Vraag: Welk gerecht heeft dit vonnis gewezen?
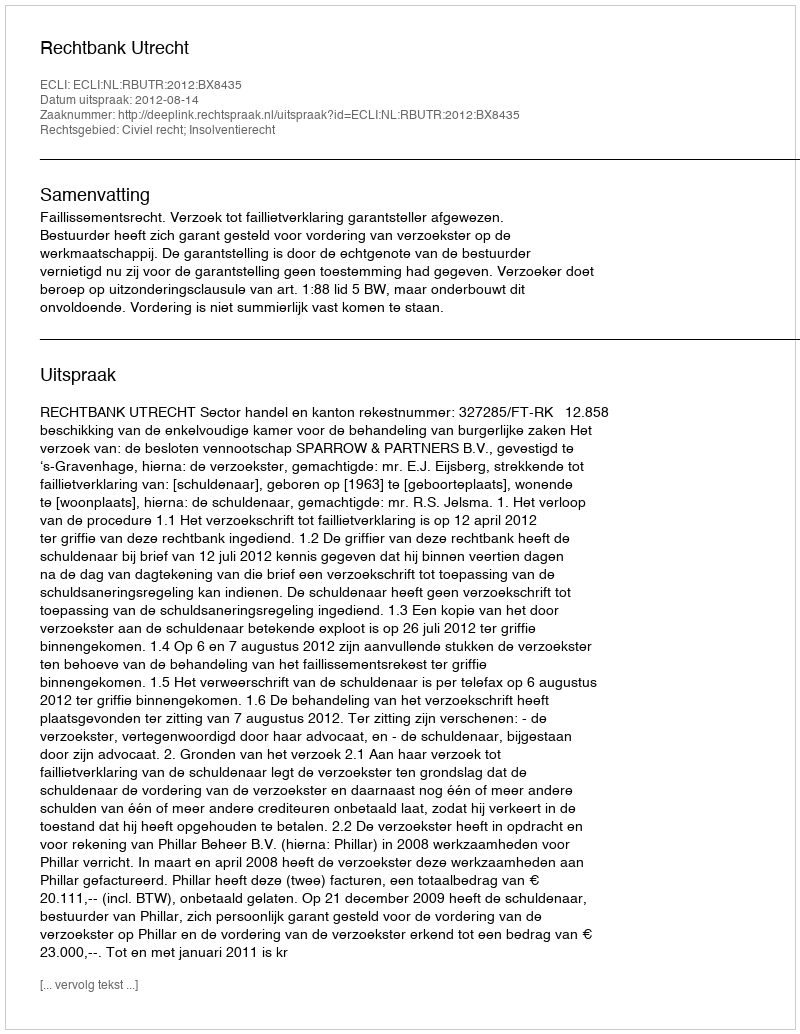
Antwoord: Rechtbank Utrecht